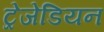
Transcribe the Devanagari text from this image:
ट्रेजेडियन